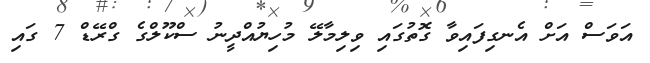
އަވަސް އަށް އެނގިފައިވާ ގޮތުގައި ވިލިމާލޭ މުހިޔުއްދީނު ސްކޫލްގެ ގްރޭޑް 7 ގައި